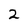
Character: 2